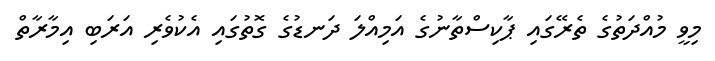
މިވީ މުއްދަތުގެ ތެރޭގައި ޕާކިސްތާނުގެ އަމިއްލަ ދަނޑުގެ ގޮތުގައި އެކުވެރި އަރަބި އިމާރާތް